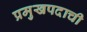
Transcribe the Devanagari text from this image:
प्रमुखपदाची